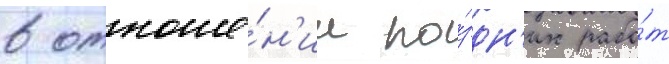
в отноше́н'ии по́здн'их рабо́т